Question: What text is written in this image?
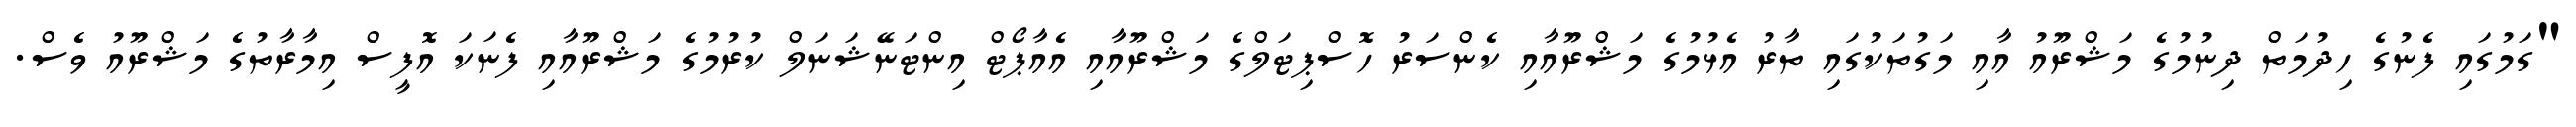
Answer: "ގަމުގައި ފެނުގެ ހިދުމަތް ދިނުމުގެ މަޝްރޫއު އާއި މަގުތަކުގައި ތާރު އެޅުމުގެ މަޝްރޫއާއި ކެންސަރު ހޮސްޕިޓަލްގެ މަޝްރޫއާއި އެއާޕޯޓް އިންޓަނޭޝަނަލް ކުރުމުގެ މަޝްރޫއާއި ފެނަކަ އޮފީސް އިމާރާތުގެ މަޝްރޫއު ވެސް.